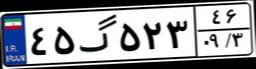
۴۵گ۵۲۳۴۶